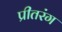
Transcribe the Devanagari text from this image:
प्रीतरंग